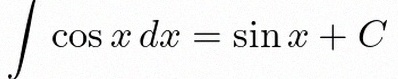
\int \cos x\,dx=\sin x+C